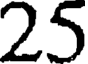
25